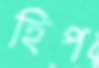
হিপ